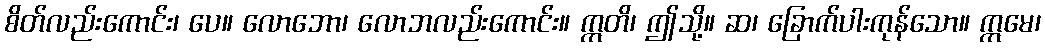
စိတ်လည်းကောင်း၊ ပေ။ လောဘော၊ လောဘလည်းကောင်း။ ဣတိ၊ ဤသို့။ ဆ၊ ခြောက်ပါးကုန်သော။ ဣမေ၊